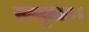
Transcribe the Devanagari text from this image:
सम्भूताः।।